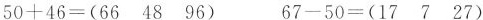
$$50+46= (66 48 96)$$ $$67-50= (17 7 27)$$